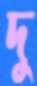
দু